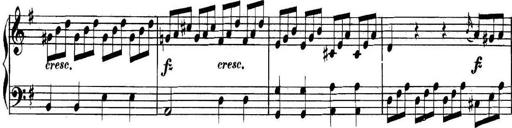
Title: Collected Piano Sonatas
Composer: Muzio Clementi